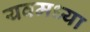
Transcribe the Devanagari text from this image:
यवमध्या